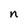
Character: n